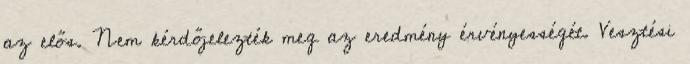
az elős. Nem kérdőjelezték meg az eredmény érvényességét. Vesztési